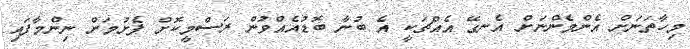
މިހާތަނަށް އެންމެންނަށް އެނގޭ އެއްޗަކީ އެ ބުނާ ބޮޑުއެއްވުން ރަސްމީކޮށް ފެށުމަށް ނިންމާފައި